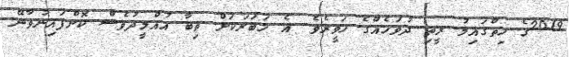
2019ގެ ހިތްގައިމު ރީތި ދުވަހެއްގެ ހަވީރެވެ. އެ ޚަބަރަކަށް ތިބާ އުއްމީދުވެސް ކޮށްފައިނުވާނޭ